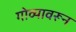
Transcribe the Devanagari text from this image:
गोव्यावरून